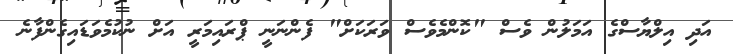
އަދި އިލްޔާސްގެ އަމަލުން ވެސް "ކޮންމެވެސް ވަރަކަށް" ފެންނަނީ ޕްރައިމަރީ އަށް ނުކުމެވަޑައިގެންފާނެ